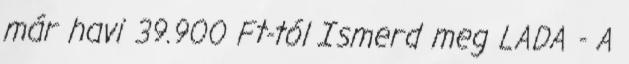
már havi 39.900 Ft-tól Ismerd meg LADA - A